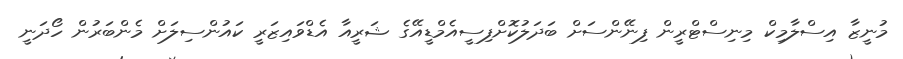
މުނީޒާ އިސްލާމިކް މިނިސްޓްރީން ފިނޭންސަށް ބަދަލުކޮށްފިސީއެމްޑީއޭގެ ޝަރީއާ އެޑްވައިޒަރީ ކައުންސިލަށް މެންބަރުން ހޯދަނީ